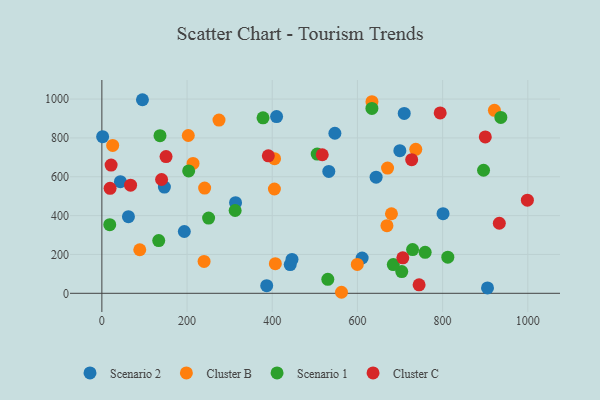
{"axis": {"x": "Investment", "y": "Exam Score"}, "legend": ["Cluster B", "Cluster C", "Scenario 1", "Scenario 2"], "data": [{"x": "62.4", "y": 394.5, "type": "Scenario 2"}, {"x": "699.6", "y": 734.4, "type": "Scenario 2"}, {"x": "95.3", "y": 996.6, "type": "Scenario 2"}, {"x": "387.0", "y": 39.2, "type": "Scenario 2"}, {"x": "43.5", "y": 574.6, "type": "Scenario 2"}, {"x": "1.8", "y": 806.6, "type": "Scenario 2"}, {"x": "611.1", "y": 181.7, "type": "Scenario 2"}, {"x": "801.0", "y": 410.1, "type": "Scenario 2"}, {"x": "193.6", "y": 318.1, "type": "Scenario 2"}, {"x": "643.9", "y": 598.1, "type": "Scenario 2"}, {"x": "547.1", "y": 823.9, "type": "Scenario 2"}, {"x": "532.8", "y": 627.7, "type": "Scenario 2"}, {"x": "709.9", "y": 926.0, "type": "Scenario 2"}, {"x": "410.2", "y": 909.8, "type": "Scenario 2"}, {"x": "905.4", "y": 27.7, "type": "Scenario 2"}, {"x": "146.8", "y": 546.8, "type": "Scenario 2"}, {"x": "442.2", "y": 147.9, "type": "Scenario 2"}, {"x": "446.4", "y": 174.3, "type": "Scenario 2"}, {"x": "313.9", "y": 466.6, "type": "Scenario 2"}, {"x": "921.6", "y": 941.9, "type": "Cluster B"}, {"x": "214.1", "y": 668.6, "type": "Cluster B"}, {"x": "634.1", "y": 986.5, "type": "Cluster B"}, {"x": "202.9", "y": 812.4, "type": "Cluster B"}, {"x": "562.6", "y": 5.3, "type": "Cluster B"}, {"x": "599.7", "y": 148.5, "type": "Cluster B"}, {"x": "669.3", "y": 348.1, "type": "Cluster B"}, {"x": "275.0", "y": 892.0, "type": "Cluster B"}, {"x": "405.4", "y": 693.3, "type": "Cluster B"}, {"x": "240.0", "y": 164.0, "type": "Cluster B"}, {"x": "405.1", "y": 536.9, "type": "Cluster B"}, {"x": "25.4", "y": 761.3, "type": "Cluster B"}, {"x": "670.7", "y": 644.6, "type": "Cluster B"}, {"x": "407.3", "y": 152.3, "type": "Cluster B"}, {"x": "679.9", "y": 409.6, "type": "Cluster B"}, {"x": "241.3", "y": 541.6, "type": "Cluster B"}, {"x": "737.0", "y": 741.2, "type": "Cluster B"}, {"x": "89.0", "y": 224.3, "type": "Cluster B"}, {"x": "634.0", "y": 951.8, "type": "Scenario 1"}, {"x": "704.1", "y": 111.7, "type": "Scenario 1"}, {"x": "203.8", "y": 630.2, "type": "Scenario 1"}, {"x": "136.5", "y": 811.4, "type": "Scenario 1"}, {"x": "684.2", "y": 148.1, "type": "Scenario 1"}, {"x": "530.5", "y": 72.1, "type": "Scenario 1"}, {"x": "378.4", "y": 903.2, "type": "Scenario 1"}, {"x": "505.6", "y": 716.8, "type": "Scenario 1"}, {"x": "936.7", "y": 905.4, "type": "Scenario 1"}, {"x": "812.2", "y": 186.2, "type": "Scenario 1"}, {"x": "759.0", "y": 211.2, "type": "Scenario 1"}, {"x": "896.1", "y": 633.4, "type": "Scenario 1"}, {"x": "729.5", "y": 225.2, "type": "Scenario 1"}, {"x": "133.5", "y": 271.3, "type": "Scenario 1"}, {"x": "18.5", "y": 353.1, "type": "Scenario 1"}, {"x": "250.6", "y": 387.5, "type": "Scenario 1"}, {"x": "312.9", "y": 426.3, "type": "Scenario 1"}, {"x": "21.7", "y": 660.3, "type": "Cluster C"}, {"x": "900.2", "y": 805.3, "type": "Cluster C"}, {"x": "999.0", "y": 479.5, "type": "Cluster C"}, {"x": "706.6", "y": 182.9, "type": "Cluster C"}, {"x": "727.4", "y": 688.0, "type": "Cluster C"}, {"x": "390.8", "y": 707.9, "type": "Cluster C"}, {"x": "744.8", "y": 43.7, "type": "Cluster C"}, {"x": "794.3", "y": 928.4, "type": "Cluster C"}, {"x": "933.1", "y": 360.7, "type": "Cluster C"}, {"x": "67.4", "y": 556.7, "type": "Cluster C"}, {"x": "19.3", "y": 540.3, "type": "Cluster C"}, {"x": "517.4", "y": 713.2, "type": "Cluster C"}, {"x": "140.2", "y": 585.8, "type": "Cluster C"}, {"x": "150.7", "y": 704.1, "type": "Cluster C"}]}